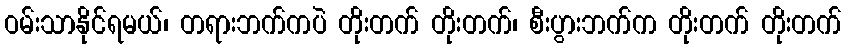
ဝမ်းသာနိုင်ရမယ်၊ တရားဘက်ကပဲ တိုးတက် တိုးတက်၊ စီးပွားဘက်က တိုးတက် တိုးတက်